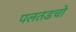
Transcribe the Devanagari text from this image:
पलतडचो